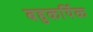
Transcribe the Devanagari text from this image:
बहुकर्यिक